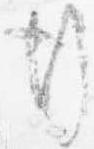
行